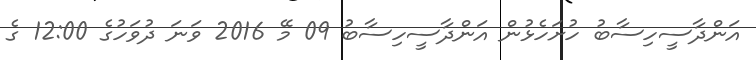
އަންދާސީހިސާބު ހުށަހެޅުން އަންދާސީހިސާބު 09 މޭ 2016 ވަނަ ދުވަހުގެ 12:00 ގެ